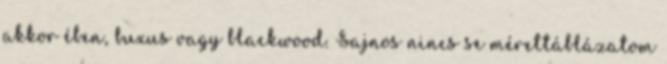
akkor ében, buxus vagy blackwood. Sajnos nincs se mérettáblázatom